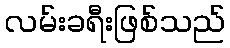
လမ်းခရီးဖြစ်သည်